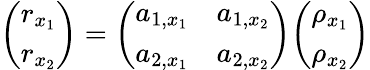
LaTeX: {\left(\begin{array}{l}{r_{x_{1}}}\\ {r_{x_{2}}}\end{array}\right)}={\left(\begin{array}{ll}{a_{1,x_{1}}}&{a_{1,x_{2}}}\\ {a_{2,x_{1}}}&{a_{2,x_{2}}}\end{array}\right)}{\left(\begin{array}{l}{\rho_{x_{1}}}\\ {\rho_{x_{2}}}\end{array}\right)}